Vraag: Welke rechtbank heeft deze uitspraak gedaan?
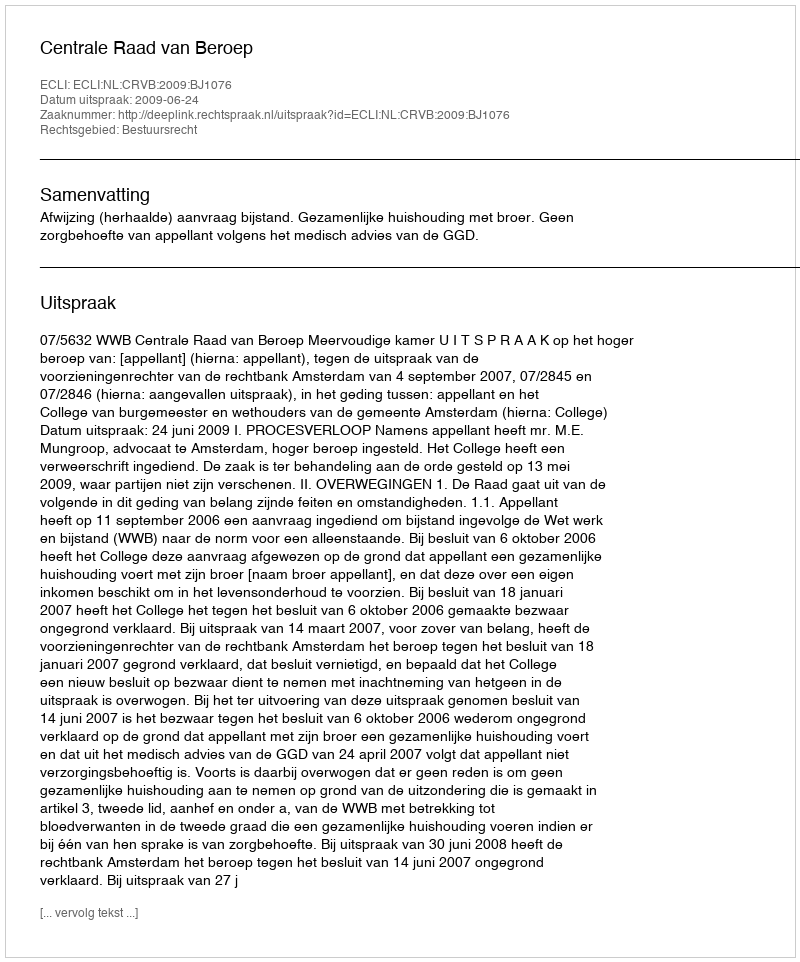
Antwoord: Centrale Raad van Beroep